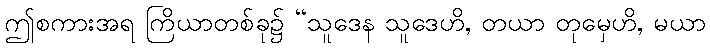
ဤစကားအရ ကြိယာတစ်ခု၌ “သူဒေန သူဒေဟိ, တယာ တုမှေဟိ, မယာ